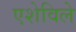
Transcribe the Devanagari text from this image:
एशेविले